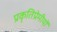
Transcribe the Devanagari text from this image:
प्रकृतिप्रेमीयों